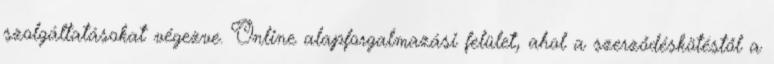
szolgáltatásokat végezve. Online alapforgalmazási felület, ahol a szerződéskötéstől a